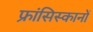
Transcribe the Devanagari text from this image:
फ्रांसिस्कानों